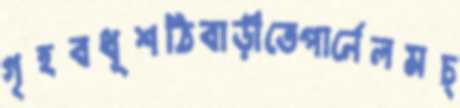
গৃহবধূশঠিবাড়ীতেপার্নেলমচ্